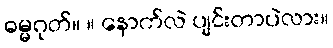
ဓမ္မဂုတ်။ ။ နောက်လဲ ပျင်းတာပဲလား။